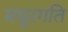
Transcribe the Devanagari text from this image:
मयूरगति